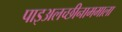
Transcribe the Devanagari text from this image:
पाइअलच्छीनाममाला